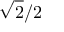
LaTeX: { \sqrt { 2 } } / 2